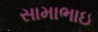
સામાભાઇ